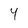
Character: 4